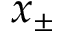
x _ { \pm }